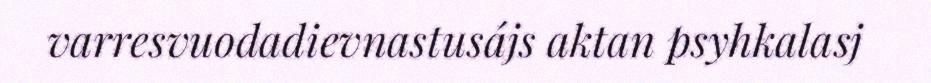
varresvuodadievnastusájs aktan psyhkalasj